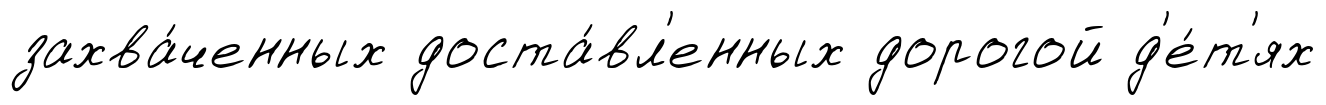
захва́ченных доста́вл'енных дорогой д'е́т'ях